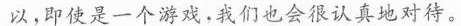
以，即使是一个游戏，我们也会很认真地对待。